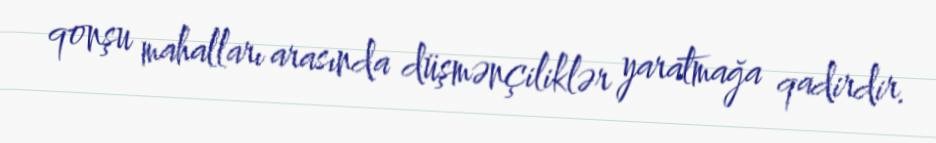
qonşu mahalları arasında düşmənçiliklər yaratmağa qadirdir.